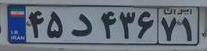
۴۵د۴۳۶۷۱